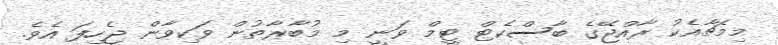
މިމެޗާއެކު ރާއްޖޭގެ ބާސްކެޓް ޓީމް ވަނީ މި މުބާރާތުން ވަކިވާން ޖެހިފަ އެވެ.